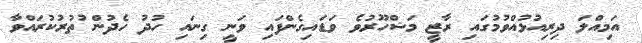
އަމިއްލަ ދިރިއުޅުއްވުމުގައި ރާޒީ މަޝްހޫރުވެ ވަޑައިގެންފައި ވަނީ ގިނައި ހުދު ހެދުން ުތުރުކުރައްވާ